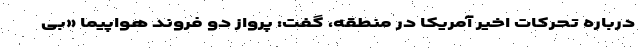
درباره تحرکات اخیر آمریکا در منطقه، گفت: پرواز دو فروند هواپیما «بی